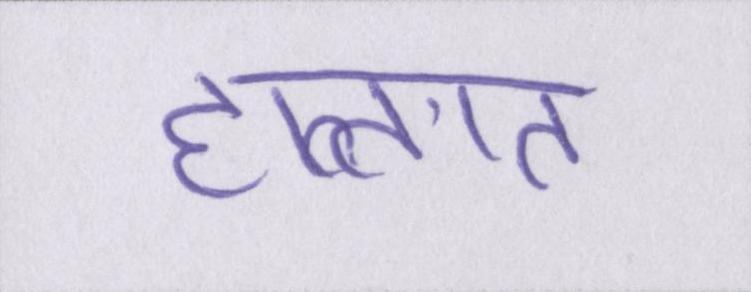
हालात